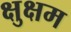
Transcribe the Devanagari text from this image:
क्षुक्षम